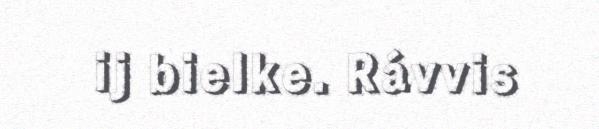
ij bielke. Rávvis